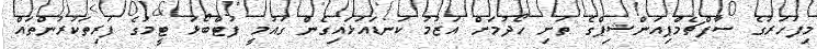
މިފަހަރުގެ ސާފްޗެމްޕިއަންޝިޕްގެ ތަށި ހޯދުމަށް އަޒުމު ކަނޑައަޅައިގެން ގައުމީ ފުޓްބޯޅަ ޓީމުގެ ފަރިތަކުރުންތައް